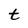
Character: t